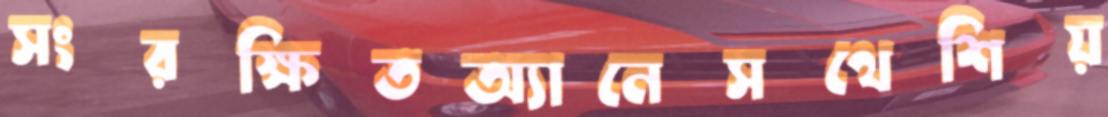
সংরক্ষিতঅ্যানেসথেশিয়